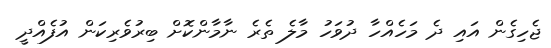
ޖެހިގެން އައި ދެ މަހެއްހާ ދުވަހު މާލެ ތެރެ ނާމާންކޮށް ބިރުވެރިކަން އުފެއްދީ